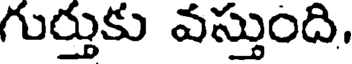
గుర్తుకు వస్తుంది,